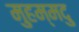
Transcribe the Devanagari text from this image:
मुहम्मदु